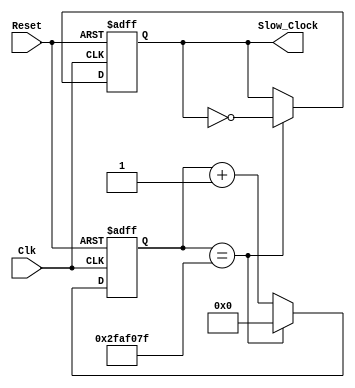
`timescale 1ns / 1ps
//////////////////////////////////////////////////////////////////////////////////
// Company: 
// Engineer: 
// 
// Design Name: 
// Module Name: Clock_Divider
// Project Name: 
// Target Devices: 
// Tool Versions: 
// Description: 
// 
// Dependencies: 
// 
// Revision:
// Revision 0.01 - File Created
// Additional Comments:
// 
//////////////////////////////////////////////////////////////////////////////////


module Clock_Divider(
    input Clk, Reset,
    output reg Slow_Clock
    );
    
    localparam const = 50000000;
    
    reg [31:0] counter;
    
    always@(posedge(Clk),posedge(Reset))
    begin
        if(Reset)
            counter <= 32'b0;
        else if(counter == const - 1)
            counter <= 32'b0;
        else
            counter <= counter + 1;
        end
        
    always@(posedge(Clk),posedge(Reset))
    begin
        if(Reset)
            Slow_Clock <= 1'b0;
        else if(counter == const - 1)
            Slow_Clock <= ~Slow_Clock;
        else
            Slow_Clock <= Slow_Clock;
        end
    //// write a Verilog code to slow down the clock from 100 MHz to 1 Hz

  
    
    
endmodule